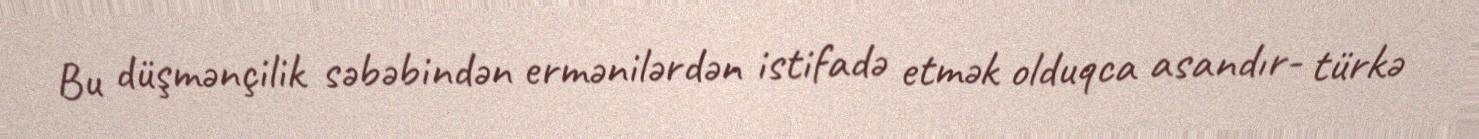
Bu düşmənçilik səbəbindən ermənilərdən istifadə etmək olduqca asandır- türkə